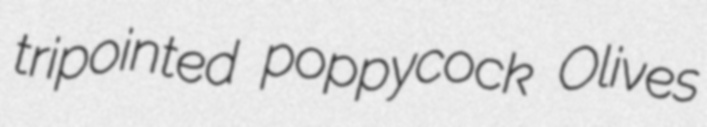
tripointed poppycock Olives